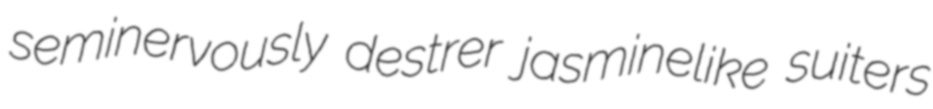
seminervously destrer jasminelike suiters